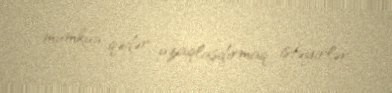
mümkün qədər uzaqlaşdırmaq istəyirlər.